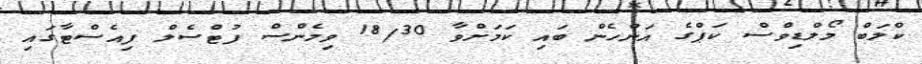
ކްލަބް މޯލްޑިވްސް ކަޕްގެ އަންހެން ބައި ކަމަށްވާ 18/30 ވިމެންސް ފުޓްސެލް ފިއެސްޓާގައި